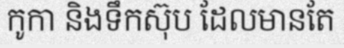
កូកា និងទឹកស៊ុប ដែលមានតែ